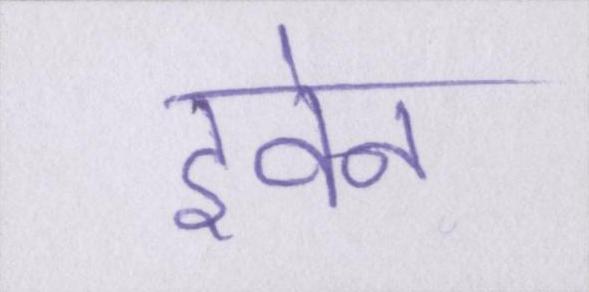
इवेन